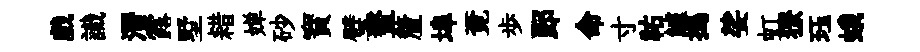
戲識潛露墅耤婵砂寳璧鳌釐埠覔歩郎命寸祐鱸搗娑虹獠珏蛾